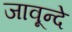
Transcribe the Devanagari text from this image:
जावून्दे